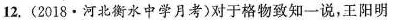
12.(2018·河北衡水中学月考)对于格物致知一说，王阳明